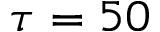
\tau = 5 0